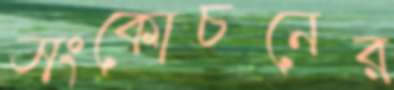
সংকোচনের